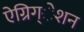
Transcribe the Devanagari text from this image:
ऐग्रिग्‌ेशन